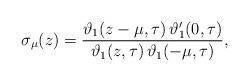
LaTeX: \begin{align*}\sigma_\mu (z) = \frac{\vartheta_1(z-\mu,\tau) \, \vartheta_1^{\prime}(0,\tau)} {\vartheta_1(z,\tau) \, \vartheta_1(-\mu,\tau)} , \end{align*}